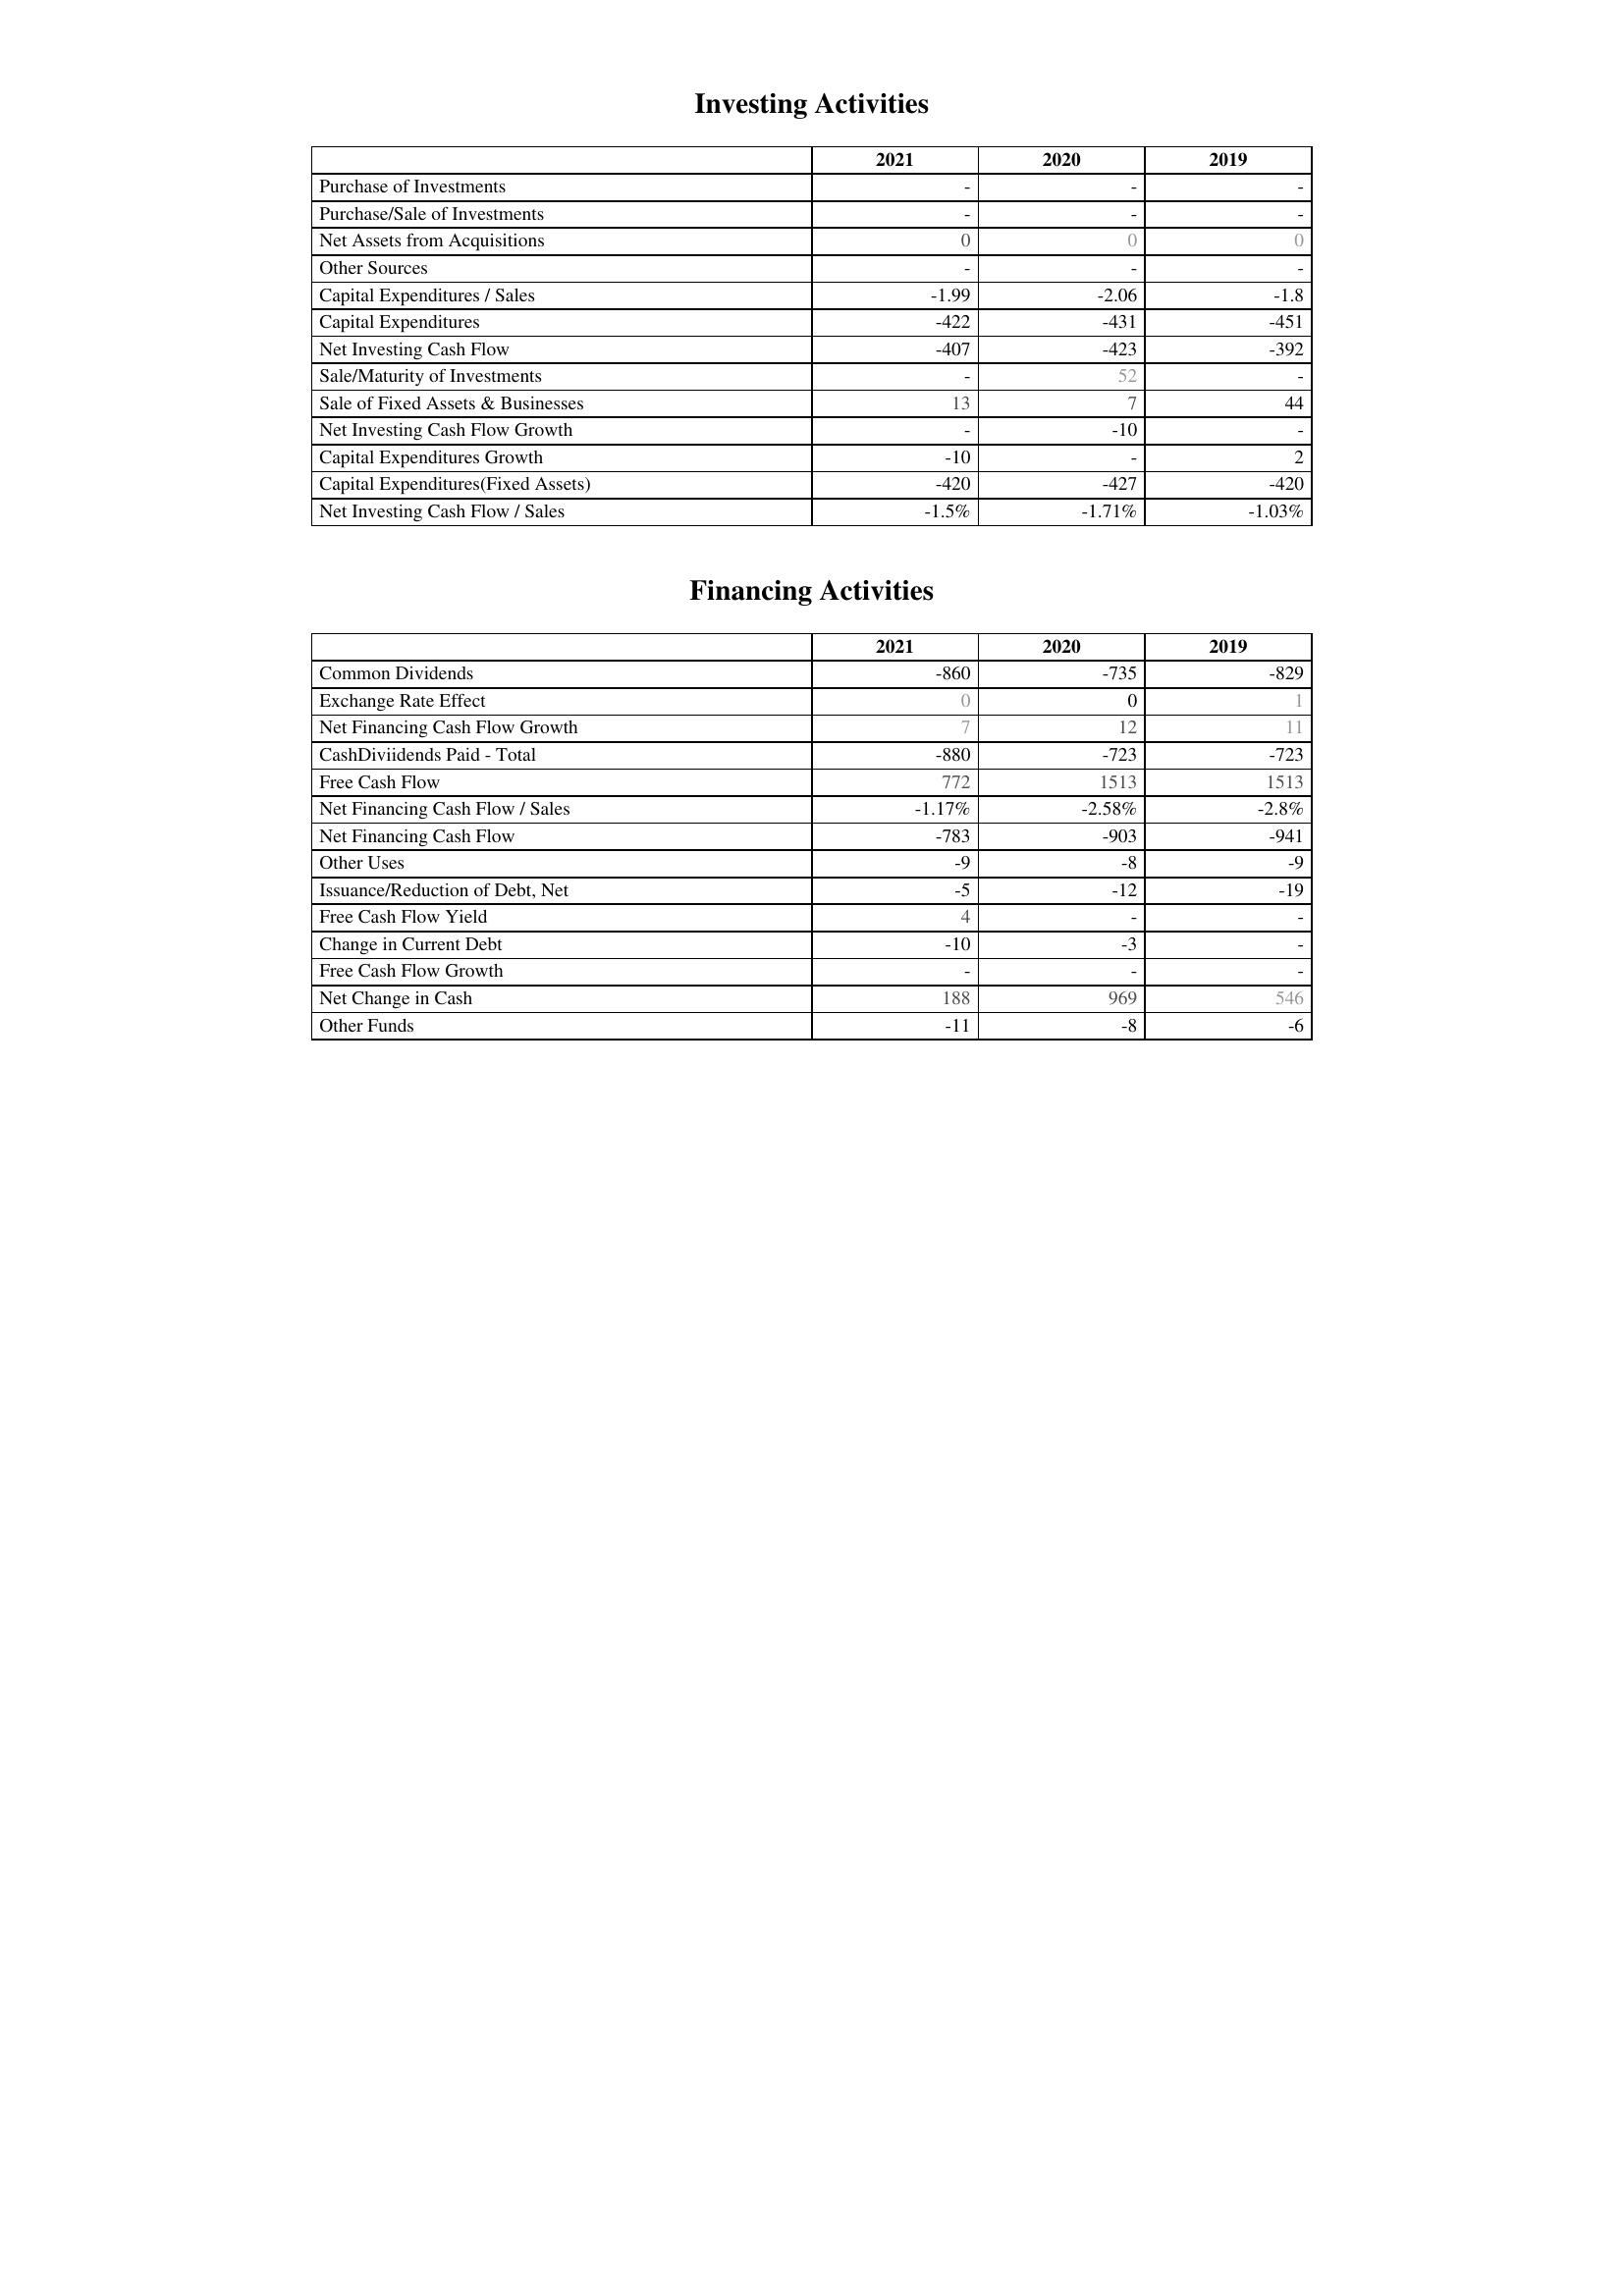
2021: Investing Activities: Purchase of Investments: -
Purchase/Sale of Investments: -
Net Assets from Acquisitions: 0
Other Sources: -
Capital Expenditures / Sales: -1.99
Capital Expenditures: -422
Net Investing Cash Flow: -407
Sale/Maturity of Investments: -
Sale of Fixed Assets & Businesses: 13
Net Investing Cash Flow Growth: -
Capital Expenditures Growth: -10
Capital Expenditures(Fixed Assets): -420
Net Investing Cash Flow / Sales: -1.5%
Financing Activities: Common Dividends: -860
Exchange Rate Effect: 0
Net Financing Cash Flow Growth: 7
CashDiviidends Paid - Total: -880
Free Cash Flow: 772
Net Financing Cash Flow / Sales: -1.17%
Net Financing Cash Flow: -783
Other Uses: -9
Issuance/Reduction of Debt, Net: -5
Free Cash Flow Yield: 4
Change in Current Debt: -10
Free Cash Flow Growth: -
Net Change in Cash: 188
Other Funds: -11
2020: Investing Activities: Purchase of Investments: -
Purchase/Sale of Investments: -
Net Assets from Acquisitions: 0
Other Sources: -
Capital Expenditures / Sales: -2.06
Capital Expenditures: -431
Net Investing Cash Flow: -423
Sale/Maturity of Investments: 52
Sale of Fixed Assets & Businesses: 7
Net Investing Cash Flow Growth: -10
Capital Expenditures Growth: -
Capital Expenditures(Fixed Assets): -427
Net Investing Cash Flow / Sales: -1.71%
Financing Activities: Common Dividends: -735
Exchange Rate Effect: 0
Net Financing Cash Flow Growth: 12
CashDiviidends Paid - Total: -723
Free Cash Flow: 1513
Net Financing Cash Flow / Sales: -2.58%
Net Financing Cash Flow: -903
Other Uses: -8
Issuance/Reduction of Debt, Net: -12
Free Cash Flow Yield: -
Change in Current Debt: -3
Free Cash Flow Growth: -
Net Change in Cash: 969
Other Funds: -8
2019: Investing Activities: Purchase of Investments: -
Purchase/Sale of Investments: -
Net Assets from Acquisitions: 0
Other Sources: -
Capital Expenditures / Sales: -1.8
Capital Expenditures: -451
Net Investing Cash Flow: -392
Sale/Maturity of Investments: -
Sale of Fixed Assets & Businesses: 44
Net Investing Cash Flow Growth: -
Capital Expenditures Growth: 2
Capital Expenditures(Fixed Assets): -420
Net Investing Cash Flow / Sales: -1.03%
Financing Activities: Common Dividends: -829
Exchange Rate Effect: 1
Net Financing Cash Flow Growth: 11
CashDiviidends Paid - Total: -723
Free Cash Flow: 1513
Net Financing Cash Flow / Sales: -2.8%
Net Financing Cash Flow: -941
Other Uses: -9
Issuance/Reduction of Debt, Net: -19
Free Cash Flow Yield: -
Change in Current Debt: -
Free Cash Flow Growth: -
Net Change in Cash: 546
Other Funds: -6